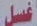
غسل